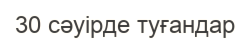
30 сәуірде туғандар